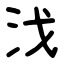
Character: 㳀